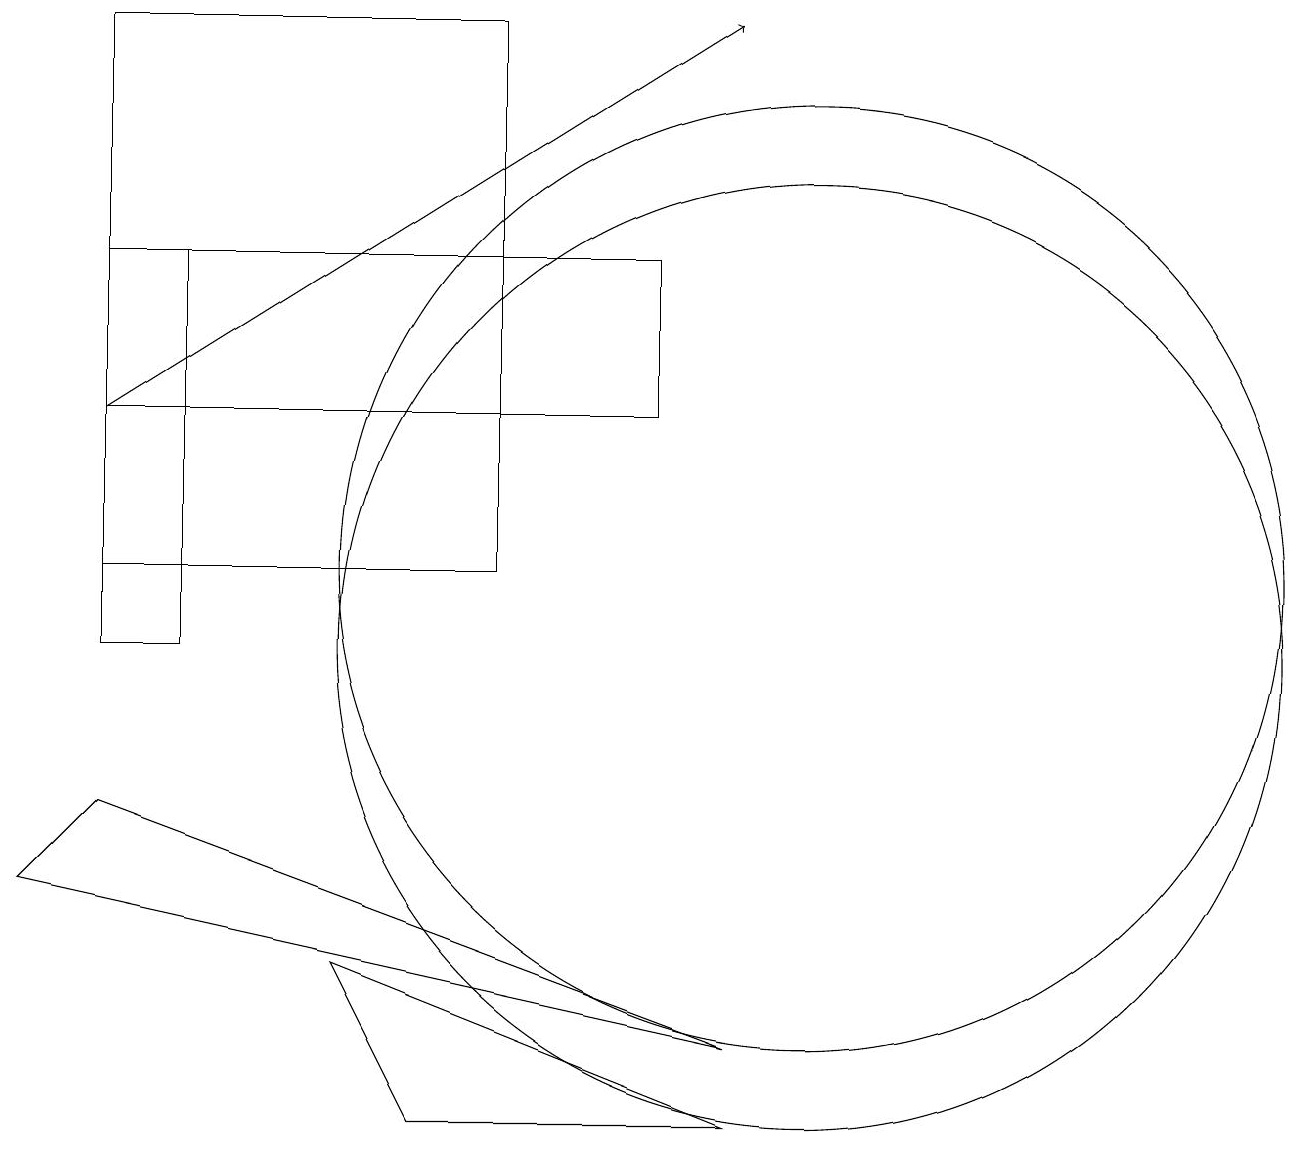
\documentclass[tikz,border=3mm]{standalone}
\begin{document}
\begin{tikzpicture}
\draw (5,4) -- (4,6) -- (9,4) -- cycle;
\draw (2,10) rectangle (1,15);
\draw (9,5) -- (0,7) -- (1,8) -- cycle;
\draw (10,11) circle (6);
\draw (10,10) circle (6);
\draw (6,18) rectangle (1,11);
\draw (1,15) rectangle (8,13);
\draw[->] (1,13) -- (9,18);
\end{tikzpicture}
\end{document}